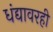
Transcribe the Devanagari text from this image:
धंद्यावरही